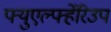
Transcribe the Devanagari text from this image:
फ्युएर्ल्फ्हेरिउप